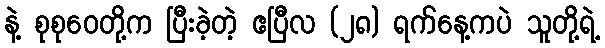
နဲ့ စုစုဝေတို့က ပြီးခဲ့တဲ့ ဧပြီလ (၂၈) ရက်နေ့ကပဲ သူတို့ရဲ့